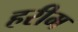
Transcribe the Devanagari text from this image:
हरीम